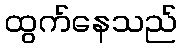
ထွက်နေသည်